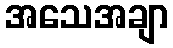
အသေအချာ